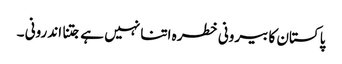
پاکستان کا بیرونی خطرہ اتنا نہیں ہے جتنا اندرونی ۔